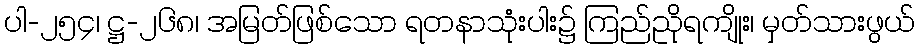
ပါ-၂၅၄၊ ဋ္ဌ-၂၆၈၊ အမြတ်ဖြစ်သော ရတနာသုံးပါး၌ ကြည်ညိုရကျိုး၊ မှတ်သားဖွယ်